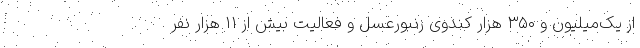
از یک‌میلیون و ۳۵۰ هزار کندوی زنبورعسل و فعالیت بیش از ۱۱ هزار نفر